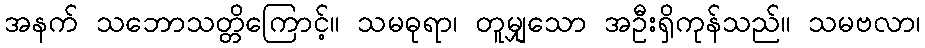
အနက် သဘောသတ္တိကြောင့်။ သမဓုရာ၊ တူမျှသော အဦးရှိကုန်သည်။ သမဗလာ၊